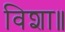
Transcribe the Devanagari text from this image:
विशा॥